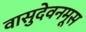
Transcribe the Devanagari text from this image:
वासुदेवनमूस